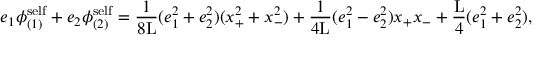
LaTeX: e _ { 1 } { \phi } _ { ( 1 ) } ^ { \mathrm { s e l f } } + e _ { 2 } { \phi } _ { ( 2 ) } ^ { \mathrm { s e l f } } = \frac { 1 } { 8 \mathrm { L } } ( e _ { 1 } ^ { 2 } + e _ { 2 } ^ { 2 } ) ( x _ { + } ^ { 2 } + x _ { - } ^ { 2 } ) + \frac { 1 } { 4 \mathrm { L } } ( e _ { 1 } ^ { 2 } - e _ { 2 } ^ { 2 } ) x _ { + } x _ { - } + \frac { \mathrm { L } } { 4 } ( e _ { 1 } ^ { 2 } + e _ { 2 } ^ { 2 } ) ,